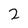
Character: 2